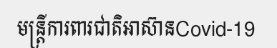
មន្ត្រីការពារជាតិអាស៊ានCovid-19